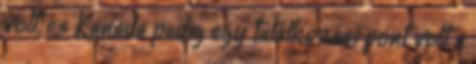
volt, és Kanada pedig egy találkozási pont volt a